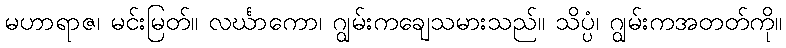
မဟာရာဇ၊ မင်းမြတ်။ လင်္ဃာကော၊ ဂျွမ်းကချေသမားသည်။ သိပ္ပံ၊ ဂျွမ်းကအတတ်ကို။